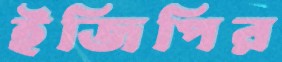
ইজিপির